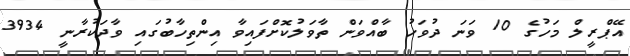
އޭޕްރީލް މަހުގެ 10 ވަނަ ދުވަހު ބާއްވަން ތާވަލުކޮށްފައިވާ އިންތިހާބުގައި ވާދަކުރާނީ 3934